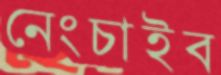
নেংচাইব